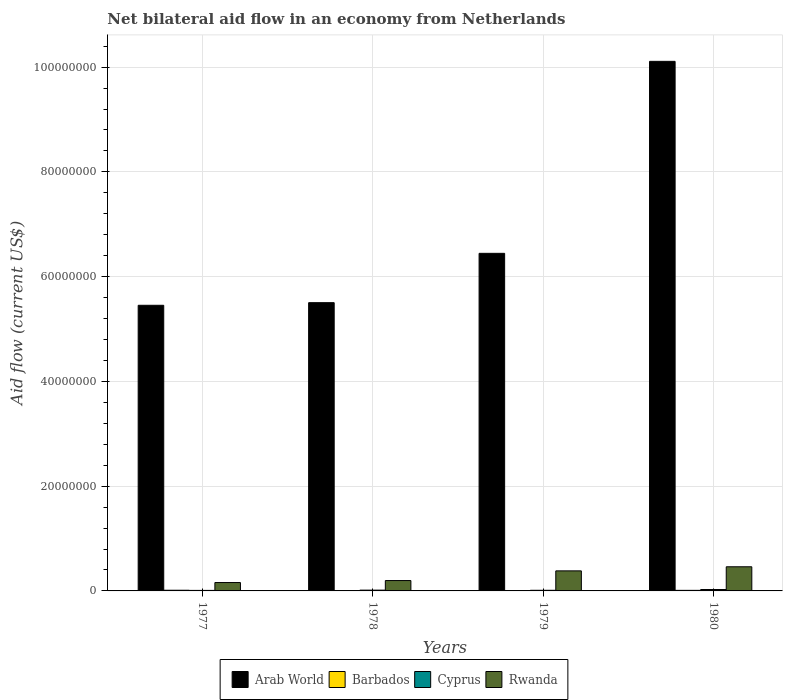
| Years | Arab World | Barbados | Cyprus | Rwanda |
 | --- | --- | --- | --- | --- |
 | 1977 | 5.45e+07 | 1.3e+05 | 1e+05 | 1.6e+06 |
 | 1978 | 5.5e+07 | 7e+04 | 1.5e+05 | 1.98e+06 |
 | 1979 | 6.44e+07 | 4e+04 | 1.2e+05 | 3.83e+06 |
 | 1980 | 1.01e+08 | 1.1e+05 | 2.7e+05 | 4.61e+06 |